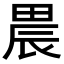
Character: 𤲆